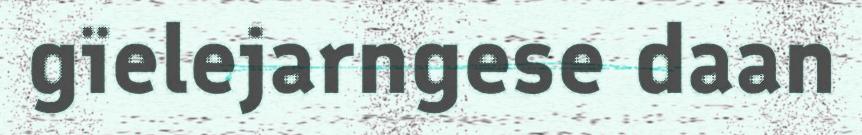
gïelejarngese daan